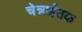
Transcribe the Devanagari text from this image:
चेन्नाईतक